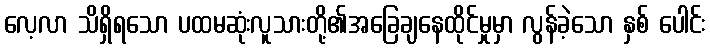
လေ့လာ သိရှိရသော ပထမဆုံးလူသားတို့၏အခြေချနေထိုင်မှုမှာ လွန်ခဲ့သော နှစ် ပေါင်း